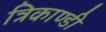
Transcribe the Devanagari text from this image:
त्रिकाण्डी